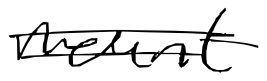
Text: mount
Cross-out: double-line
Writing tool: digital_black